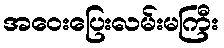
အဝေးပြေးလမ်းမကြီး